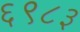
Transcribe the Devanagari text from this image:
६९८३